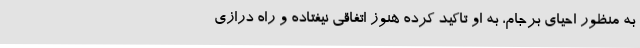
به منظور احیای برجام، به او تاکید کرده هنوز اتفاقی نیفتاده و راه درازی